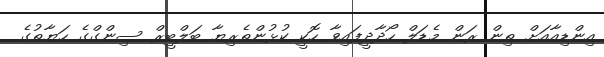
އިންޑިއާއަށް ތިން ރަން މެޑަލް ހޯދާދީފައިވާ ހޮކީ ކުޅުންތެރިޔާ ބަލްބީރް ސިންގްގެ ހަޔާތުގެ